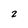
Character: 2